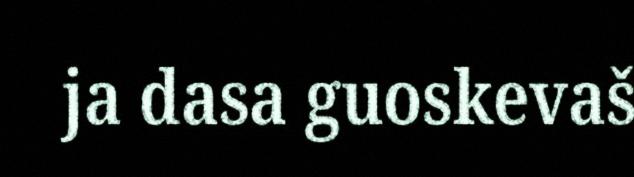
ja dasa guoskevaš